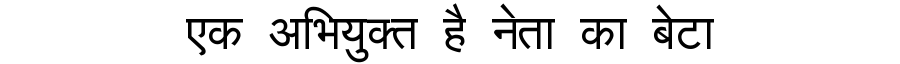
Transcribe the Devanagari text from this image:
एक अभियुक्त है नेता का बेटा